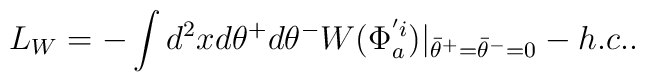
L_W=-\int d^2 x d \theta^+ d \theta^-W(\Phi_a^{'i}) |_{{\bar \theta}^+={\bar \theta}^-=0}-h.c..